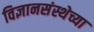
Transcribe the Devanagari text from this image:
विज्ञानसंस्थेच्या